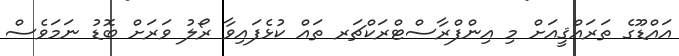
އައްޑޫގެ ތަރައްޤީއަށް މި އިންފްރާސްޓްރަކްޗަރ ތައް ކުޅެފައިވާ ރޯލު ވަރަށް ބޮޑު ނަމަވެސް